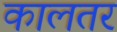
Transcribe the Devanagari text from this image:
कालतर